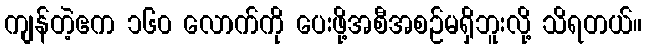
ကျန်တဲ့ဧက ၁၆၀ လောက်ကို ပေးဖို့အစီအစဉ်မရှိဘူးလို့ သိရတယ်။